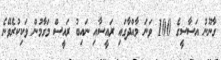
ގާނޫނު އަސާސީގެ 100 ވަނަ މާއްދާގައި ރައީސާއި ނައިބު ރައީސް މަގާމުން ވަކިކުރެވޭނެ